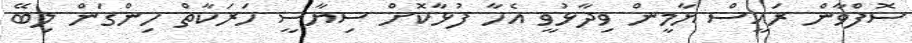
ސޮފްވާން ރައީސް ޔާމީން ވިދާޅުވީ އެހާ ފުޅާކޮށް ސިޔާސީ ހަރަކާތް ހިންގަން ލިބޭ